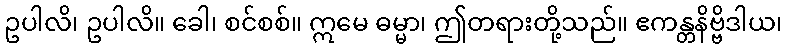
ဥပါလိ၊ ဥပါလိ။ ခေါ၊ စင်စစ်။ ဣမေ ဓမ္မာ၊ ဤတရားတို့သည်။ ဧကန္တနိဗ္ဗိဒါယ၊